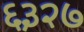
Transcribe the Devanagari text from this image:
६३२७